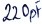
Text: 220pF